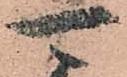
可